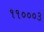
૧૧૦૦૦૩